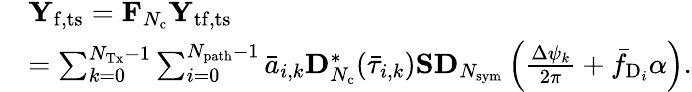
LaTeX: \begin{array}{rl}&{\mathbf{Y}_{\mathrm{f,ts}}=\mathbf{F}_{N_{\mathrm{c}}}\mathbf{Y}_{\mathrm{tf,ts}}}\\ &{=\sum_{k=0}^{N_{\mathrm{Tx}}-1}\sum_{i=0}^{N_{\mathrm{path}}-1}\bar{a}_{i,k}\mathbf{D}_{N_{\mathrm{c}}}^{*}(\bar{\tau}_{i,k})\mathbf{S}\mathbf{D}_{N_{\mathrm{sym}}}\left(\frac{\Delta\psi_{k}}{2\pi}+\bar{f}_{\mathrm{D}_{i}}\alpha\right).}\end{array}